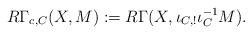
LaTeX: \begin{align*}R\Gamma_{c,C}(X, M) := R\Gamma(X, \iota_{C,!}\iota^{-1}_C M). \end{align*}